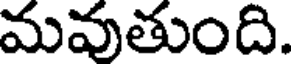
మవుతుంది.